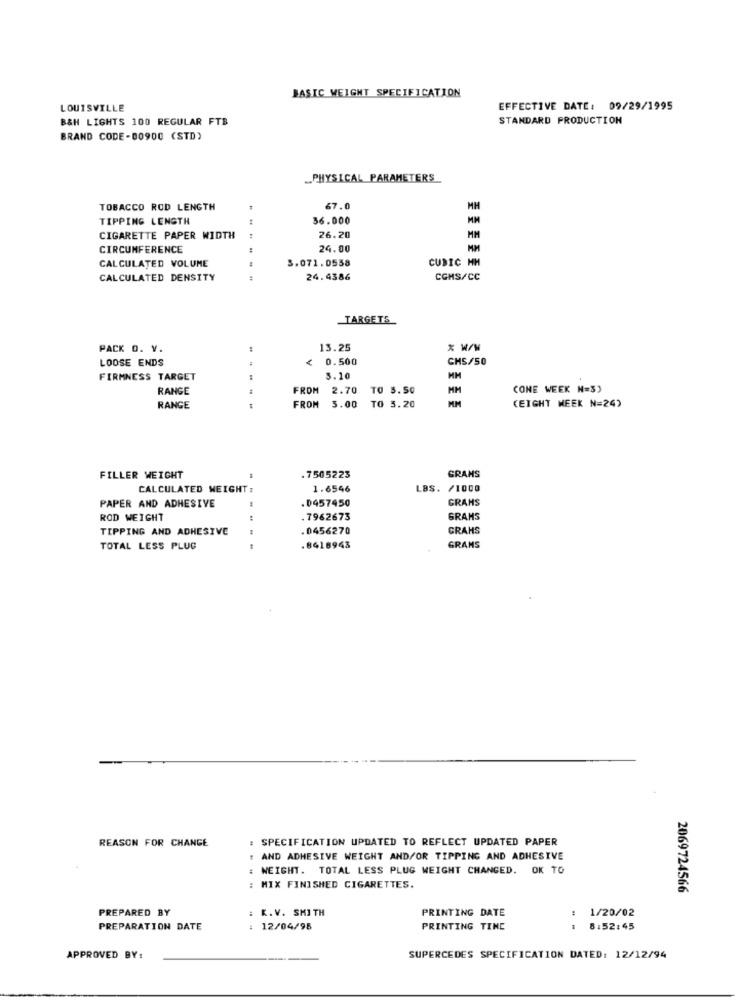
BASIC WEIGHT SPECIFICATION
LOUISVILLE
EFFECTIVE DATE: 09/29/1995
B&H LIGHTS 100 REGULAR FTB
STANDARD PRODUCTION
BRAND CODE-80900 (STD)
_PHYSICAL PARAMETERS
TOBACCO ROD LENGTH
67.0
MH
TIPPING LENGTH
36.000
CIGARETTE PAPER WIDTH
26.20
MM
CIRCUMFERENCE
24.00
CALCULATED VOLUME
3.071.0558
CUBIC HH
CALCULATED DENSITY
...
24.4386
CGHS/CC
TARGETS
PACK O. V.
13.25
* W/W
LOOSE ENDS
0.500
CHS/50
FIRMNESS TARGET
5.10
RANGE
FROM
2.70 TO 5.50
MM
CONE WEEK N=3)
MM
RANGE
FROM
3.00 TO 5.20
(EIGHT WEEK N=24)
.7505223
GRANS
FILLER WEIGHT
CALCULATED WEIGHT :
1.6546
LBS. /1000
GRAMS
PAPER AND ADHESIVE
.0457450
ROD WEIGHT
.7962673
GRAMS
TIPPING AND ADHESIVE
.0456270
CRAHS
TOTAL LESS PLUG
8418943
GRAMS
REASON FOR CHANGE
: SPECIFICATION UPDATED TO REFLECT UPDATED PAPER
AND ADHESIVE WEIGHT AND/OR TIPPING AND ADHESIVE
WEIGHT. TOTAL LESS PLUG WEIGHT CHANGED. OK TO
: MIX FINISHED CIGARETTES.
2069724566
PREPARED BY
: K.V. SMITH
PRINTING DATE
1/20/02
PREPARATION DATE
12/04/98
PRINTING TINE
# 8:52:45
APPROVED BY:
SUPERCEDES SPECIFICATION DATED: 12/12/94